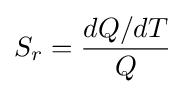
S_{r}={\frac {dQ/dT}{Q}}